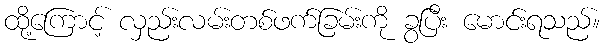
ထို့ကြောင့် လှည်းလမ်းတစ်ဖက်ခြမ်းကို ခွပြီး မောင်းရသည်။